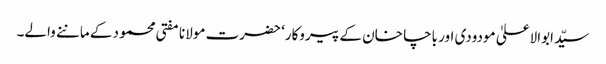
سیّد ابوالاعلیٰ مودودی اور باچا خان کے پیروکار‘ حضرت مولانا مفتی محمود کے ماننے والے۔